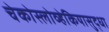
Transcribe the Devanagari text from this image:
चेकोस्लोव्हेकियासुद्धा